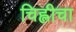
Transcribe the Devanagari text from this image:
चिह्लीचा